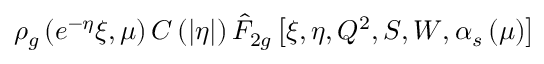
\rho _ { g } \left( e ^ { - \eta } \xi , \mu \right) { \cal { C } } \left( \left| \eta \right| \right) \hat { F } _ { 2 g } \left[ \xi , \eta , Q ^ { 2 } , S , W , \alpha _ { s } \left( \mu \right) \right]